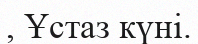
, Ұстаз күні.